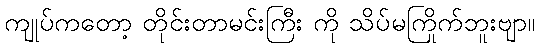
ကျုပ်ကတော့ တိုင်းတာမင်းကြီး ကို သိပ်မကြိုက်ဘူးဗျာ။